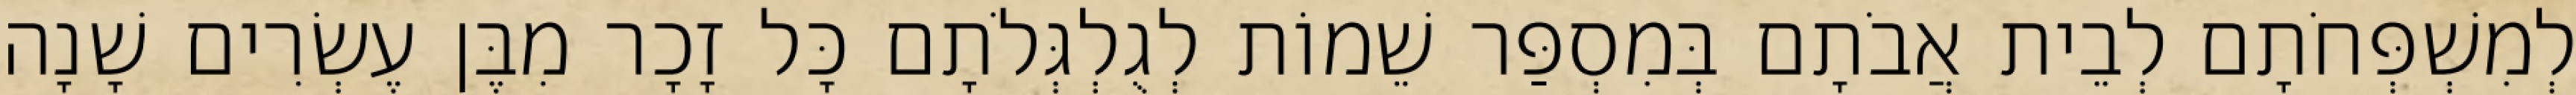
לְמִשְׁפְּחֹתָם לְבֵית אֲבֹתָם בְּמִסְפַּר שֵׁמוֹת לְגֻלְגְּלֹתָם כָּל זָכָר מִבֶּן עֶשְׂרִים שָׁנָה